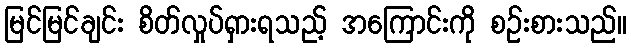
မြင်မြင်ချင်း စိတ်လှုပ်ရှားရသည့် အကြောင်းကို စဉ်းစားသည်။